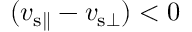
( v _ { { \mathrm { s } } \parallel } - v _ { { \mathrm { s } } \bot } ) < 0